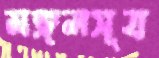
মঙ্গলসূত্র